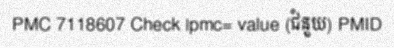
PMC 7118607 Check |pmc= value (ជំនួយ) PMID